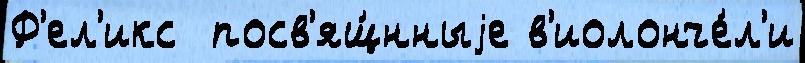
Ф'ел'икс  посв'ящ́нныjе в'иолонче́л'и